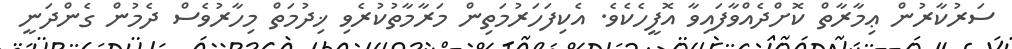
ސަރުކާރުން ޢިމާރާތް ކޮށްދެއްވާފައިވާ އޮފީހެކެވެ. އެކިފަހަރުމަތިން މަރާމާތުކުރެވި ޚިދުމަތް މިހާރުވެސް ދެމުން ގެންދަނީ